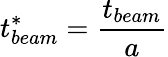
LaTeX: t_{beam}^{*}=\frac{t_{beam}}{a}